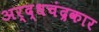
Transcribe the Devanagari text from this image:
अर्द्धचंद्रकार